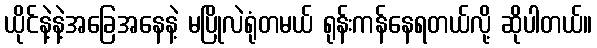
ယိုင်နဲ့နဲ့အခြေအနေနဲ့ မပြိုလဲရုံတမယ် ရုန်းကန်နေရတယ်လို့ ဆိုပါတယ်။